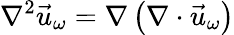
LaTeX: \nabla^{2}\vec{u}_{\omega}=\nabla\left(\nabla\cdot\vec{u}_{\omega}\right)